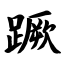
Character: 蹶